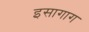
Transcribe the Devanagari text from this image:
इसागाग